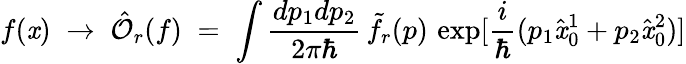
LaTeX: f(\mathit{x})\; \to\; {\hat{{\mathcal{O}}}}_{r}(f)\; =\; \int\frac{{dp_{1}dp_{2}}}{{2\pi\hbar}}\, {\tilde{{f}}}_{r}(p)\, \exp[\frac{{i}}{{\hbar}}(p_{1}{\hat{{\mathit{x}}}}_{0}^{1}+p_{2}{\hat{{\mathit{x}}}}_{0}^{2})]